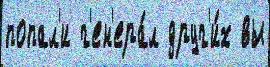
попал'и г'ен'ера́л друг'и́х вы